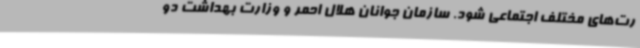
رت‌های مختلف اجتماعی شود. سازمان جوانان هلال احمر و وزارت بهداشت دو